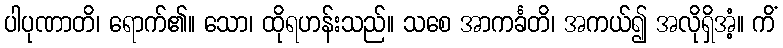
ပါပုဏာတိ၊ ရောက်၏။ သော၊ ထိုရဟန်းသည်။ သစေ အာကင်္ခတိ၊ အကယ်၍ အလိုရှိအံ့။ ကိံ